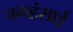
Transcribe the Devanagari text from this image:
जगहंसाई